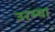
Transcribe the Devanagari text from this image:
उरम्या